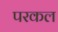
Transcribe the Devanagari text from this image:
परकल